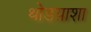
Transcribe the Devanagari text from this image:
थोडय़ाशा